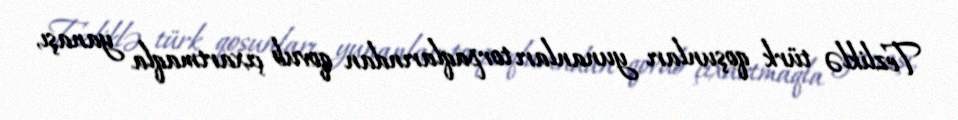
Tezliklə türk qoşunları yunanları torpaqlarından qovub çıxartmaqla yanaşı,